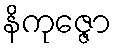
နိကုဇ္ဇော